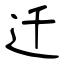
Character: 迁